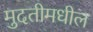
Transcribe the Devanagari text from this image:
मुदतीमधील